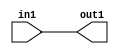
`timescale 1ps / 1ps

// Generated by Cadence Genus(TM) Synthesis Solution 17.11-s014_1
// Generated on: May  5 2021 01:46:36 CST (May  4 2021 17:46:36 UTC)

module DC_Filter_Add_11U_12_4(in1, out1);
  input [10:0] in1;
  output [10:0] out1;
  wire [10:0] in1;
  wire [10:0] out1;
  assign out1[0] = in1[0];
  assign out1[1] = in1[1];
  assign out1[2] = in1[2];
  assign out1[3] = in1[3];
  assign out1[4] = in1[4];
  assign out1[5] = in1[5];
  assign out1[6] = in1[6];
  assign out1[7] = in1[7];
  assign out1[8] = in1[8];
  assign out1[9] = in1[9];
  assign out1[10] = in1[10];
endmodule